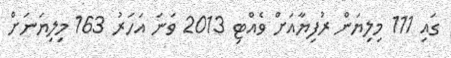
ގައި 111 މިލިޔަން ރުފިޔާއަށް ވެއްޓި 2013 ވަނަ އަހަރު 163 މިލިޔަނަށް